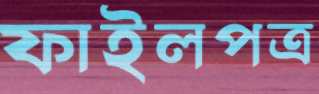
ফাইলপত্র